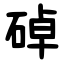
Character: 䂽